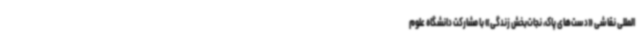
‌المللی نقاشی «دست‌های پاک، نجات‌بخش زندگی» با مشارکت دانشگاه علوم